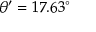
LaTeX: \theta ^ { \prime } = 1 7 . 6 3 ^ { \circ }